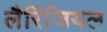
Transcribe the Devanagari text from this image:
लैरिंजियल